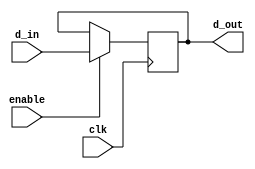
module register (input [7:0] d_in, input clk , enable, output reg [7:0] d_out);

	always @ (posedge clk) begin
		if(enable == 1)
			d_out = d_in;
	end

endmodule